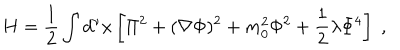
LaTeX: H = \frac { 1 } { 2 } \int d ^ { \nu } x \left[ \Pi ^ { 2 } + ( \nabla \Phi ) ^ { 2 } + m _ { 0 } ^ { 2 } \Phi ^ { 2 } + \frac { 1 } { 2 } \lambda \Phi ^ { 4 } \right] \; ,